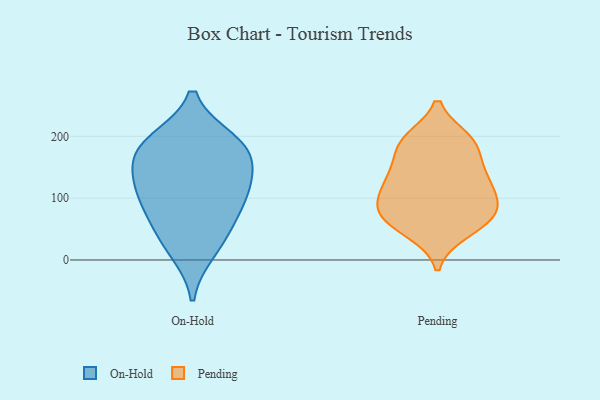
{"axis": {"x": "Humidity (%)", "y": "Value"}, "legend": ["On-Hold", "Pending"], "data": [{"x": "", "y": 172, "type": "On-Hold"}, {"x": "", "y": 16, "type": "On-Hold"}, {"x": "", "y": 191, "type": "On-Hold"}, {"x": "", "y": 170, "type": "On-Hold"}, {"x": "", "y": 186, "type": "On-Hold"}, {"x": "", "y": 73, "type": "On-Hold"}, {"x": "", "y": 117, "type": "On-Hold"}, {"x": "", "y": 118, "type": "On-Hold"}, {"x": "", "y": 45, "type": "On-Hold"}, {"x": "", "y": 109, "type": "On-Hold"}, {"x": "", "y": 45, "type": "Pending"}, {"x": "", "y": 70, "type": "Pending"}, {"x": "", "y": 131, "type": "Pending"}, {"x": "", "y": 73, "type": "Pending"}, {"x": "", "y": 193, "type": "Pending"}, {"x": "", "y": 192, "type": "Pending"}, {"x": "", "y": 50, "type": "Pending"}, {"x": "", "y": 105, "type": "Pending"}, {"x": "", "y": 139, "type": "Pending"}, {"x": "", "y": 79, "type": "Pending"}, {"x": "", "y": 91, "type": "Pending"}, {"x": "", "y": 155, "type": "Pending"}, {"x": "", "y": 129, "type": "Pending"}, {"x": "", "y": 112, "type": "Pending"}, {"x": "", "y": 74, "type": "Pending"}, {"x": "", "y": 195, "type": "Pending"}, {"x": "", "y": 185, "type": "Pending"}]}